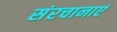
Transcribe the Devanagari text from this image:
संरचानाएं